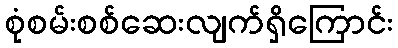
စုံစမ်းစစ်ဆေးလျက်ရှိကြောင်း